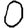
Digit: 0